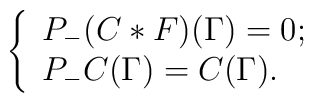
\left\{  \begin{array}{lc}    P_-(C* F)(\Gamma)=0; \\    P_-C(\Gamma)=C(\Gamma).  \end{array}\right.